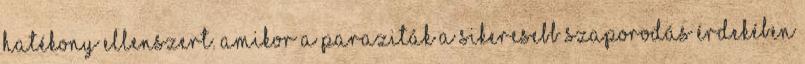
hatékony ellenszert. Amikor a paraziták a sikeresebb szaporodás érdekében